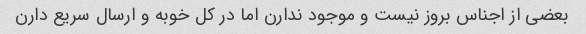
بعضی از اجناس بروز نیست و موجود ندارن اما در کل خوبه و ارسال سریع دارن